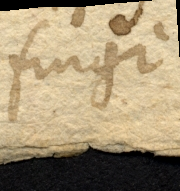
fingi